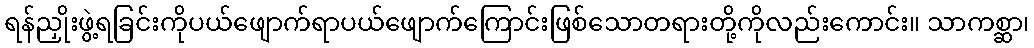
ရန်ညှိုးဖွဲ့ရခြင်းကိုပယ်ဖျောက်ရာပယ်ဖျောက်ကြောင်းဖြစ်သောတရားတို့ကိုလည်းကောင်း။ သာကစ္ဆာ၊